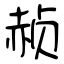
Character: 赪